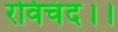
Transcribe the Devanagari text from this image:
रविचंद।।